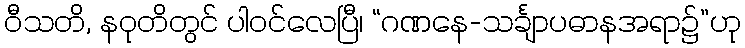
ဝီသတိ, နဝုတိတွင် ပါဝင်လေပြီ၊ “ဂဏနေ-သင်္ချာပဓာနအရာ၌”ဟု